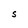
Character: S